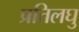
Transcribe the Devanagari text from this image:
प्रतिलघु